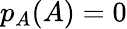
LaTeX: p_{A}(A)=0